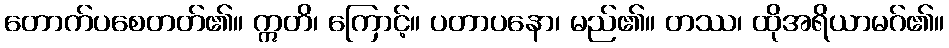
တောက်ပစေတတ်၏။ ဣတိ၊ ကြောင့်။ ပတာပနော၊ မည်၏။ တဿ၊ ထိုအရိယာမဂ်၏။